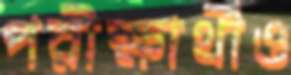
পরীক্ষার্থীও